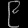
Digit: ၉